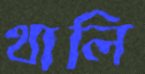
থালি